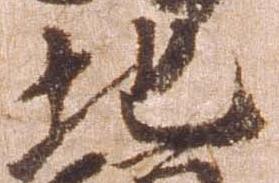
地